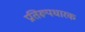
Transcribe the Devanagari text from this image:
प्रतिरूपधारक